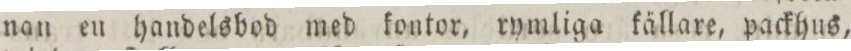
nan en handelsbod med kontor, rymliga källare, packhus,